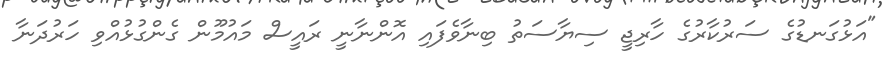
"އަޅުގަނޑުގެ ސަރުކާރުގެ ހާރިޖީ ސިޔާސަތު ބިނާވެފައި އޮންނާނީ ރައީސް މައުމޫން ގެންގުޅުއްވި ހަރުދަނާ